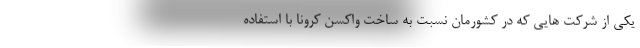
یکی از شرکت هایی که در کشورمان نسبت به ساخت واکسن کرونا با استفاده